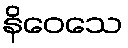
နိဝေသေ